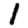
Digit: 1